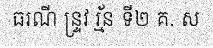
ធរណី ន្ទ្រវ រ្ម័ន ទី២ គ. ស